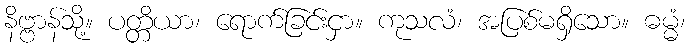
နိဗ္ဗာန်သို့။ ပတ္တိယာ၊ ရောက်ခြင်းငှာ။ ကုသလံ၊ အပြစ်မရှိသော။ ဓမ္မံ၊